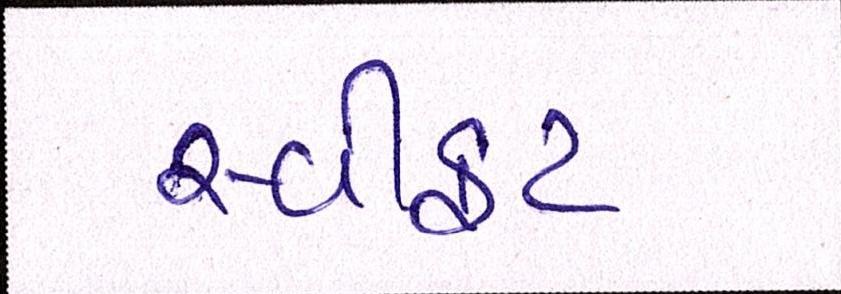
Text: સ્વીફટ